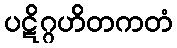
ပဋိဂ္ဂဟိတကတံ